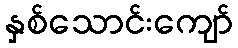
နှစ်သောင်းကျော်